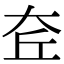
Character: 𡘄